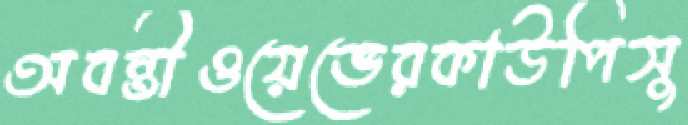
অবন্তীওয়েভেরকাউপিসু